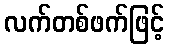
လက်တစ်ဖက်ဖြင့်